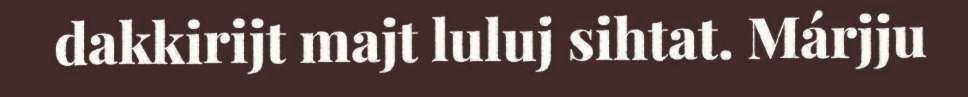
dakkirijt majt luluj sihtat. Márjju